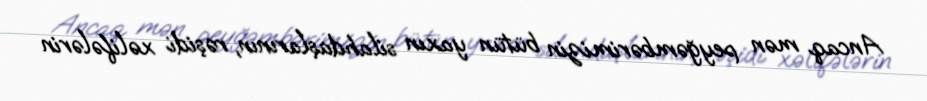
Ancaq mən peyğəmbərimizin bütün yaxın silahdaşlarının, rəşidi xəlifələrin